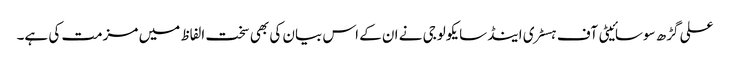
علی گڑھ سوسائیٹی آف ہسٹری اینڈسایکولوجی نے ان کے اس بیان کی بھی سخت الفاظ میں مزمت کی ہے۔